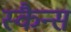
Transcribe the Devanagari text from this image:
स्कैन्स